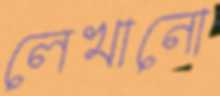
লেখানো